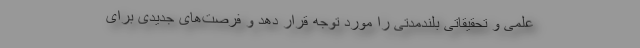
علمی و تحقیقاتی بلندمدتی را مورد توجه قرار دهد و فرصت‌های جدیدی برای